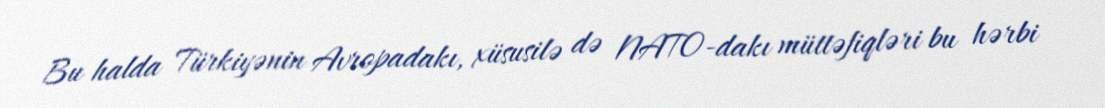
Bu halda Türkiyənin Avropadakı, xüsusilə də NATO-dakı müttəfiqləri bu hərbi